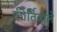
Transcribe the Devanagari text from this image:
कीर्तिवाले